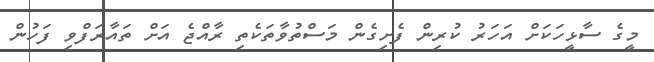
މީގެ ސާޅީހަކަށް އަހަރު ކުރިން ފެށިގެން މަސްތުވާތަކެތި ރާއްޖެ އަށް ތައާރަފްވި ފަހުން